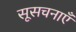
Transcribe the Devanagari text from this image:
सूसचनाएँ